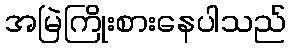
အမြဲကြိုးစားနေပါသည်